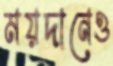
ময়দানেও